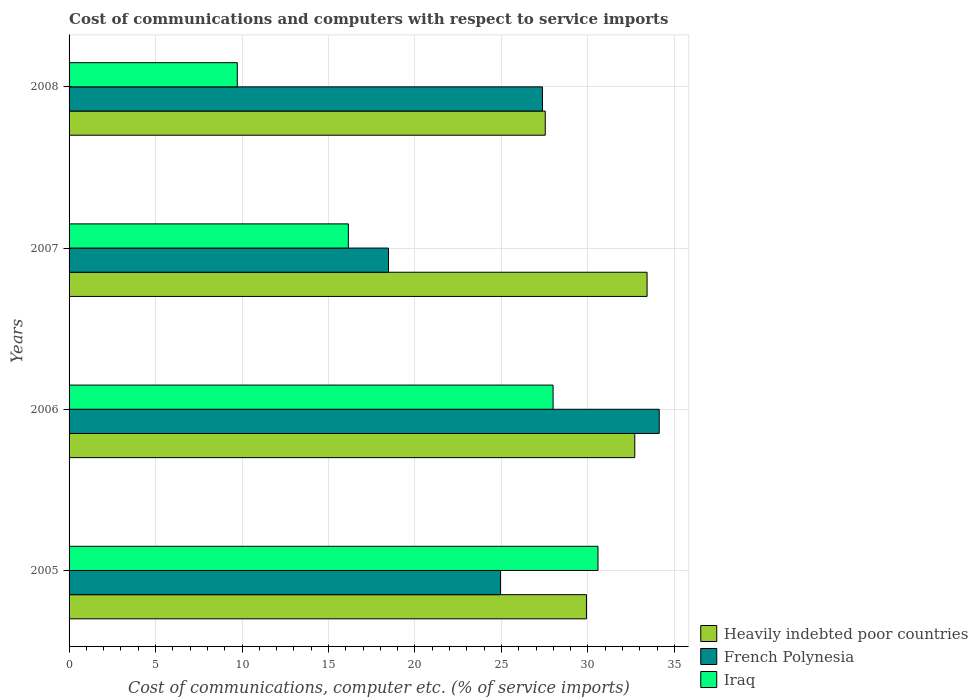
| Years | Heavily indebted poor countries | French Polynesia | Iraq |
 | --- | --- | --- | --- |
 | 2005 | 29.9 | 24.9 | 30.6 |
 | 2006 | 32.7 | 34.1 | 28 |
 | 2007 | 33.4 | 18.5 | 16.1 |
 | 2008 | 27.5 | 27.4 | 9.73 |